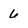
Character: 6